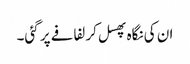
ان کی نگاہ پھسل کر لفافے پر گئی۔